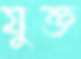
যুক্ত